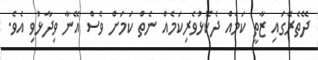
ދޭތެރޭގައި ޒާތީ ކަމެއް ދެކޮޅުވެރިކަމެއް ނެތް ކަމަށް ވެސް އޭނާ ވިދާޅުވި އެވެ.